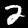
Digit: 2